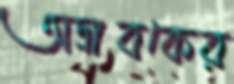
অদ্রাবকের